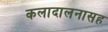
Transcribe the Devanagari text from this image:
कलादालनासह